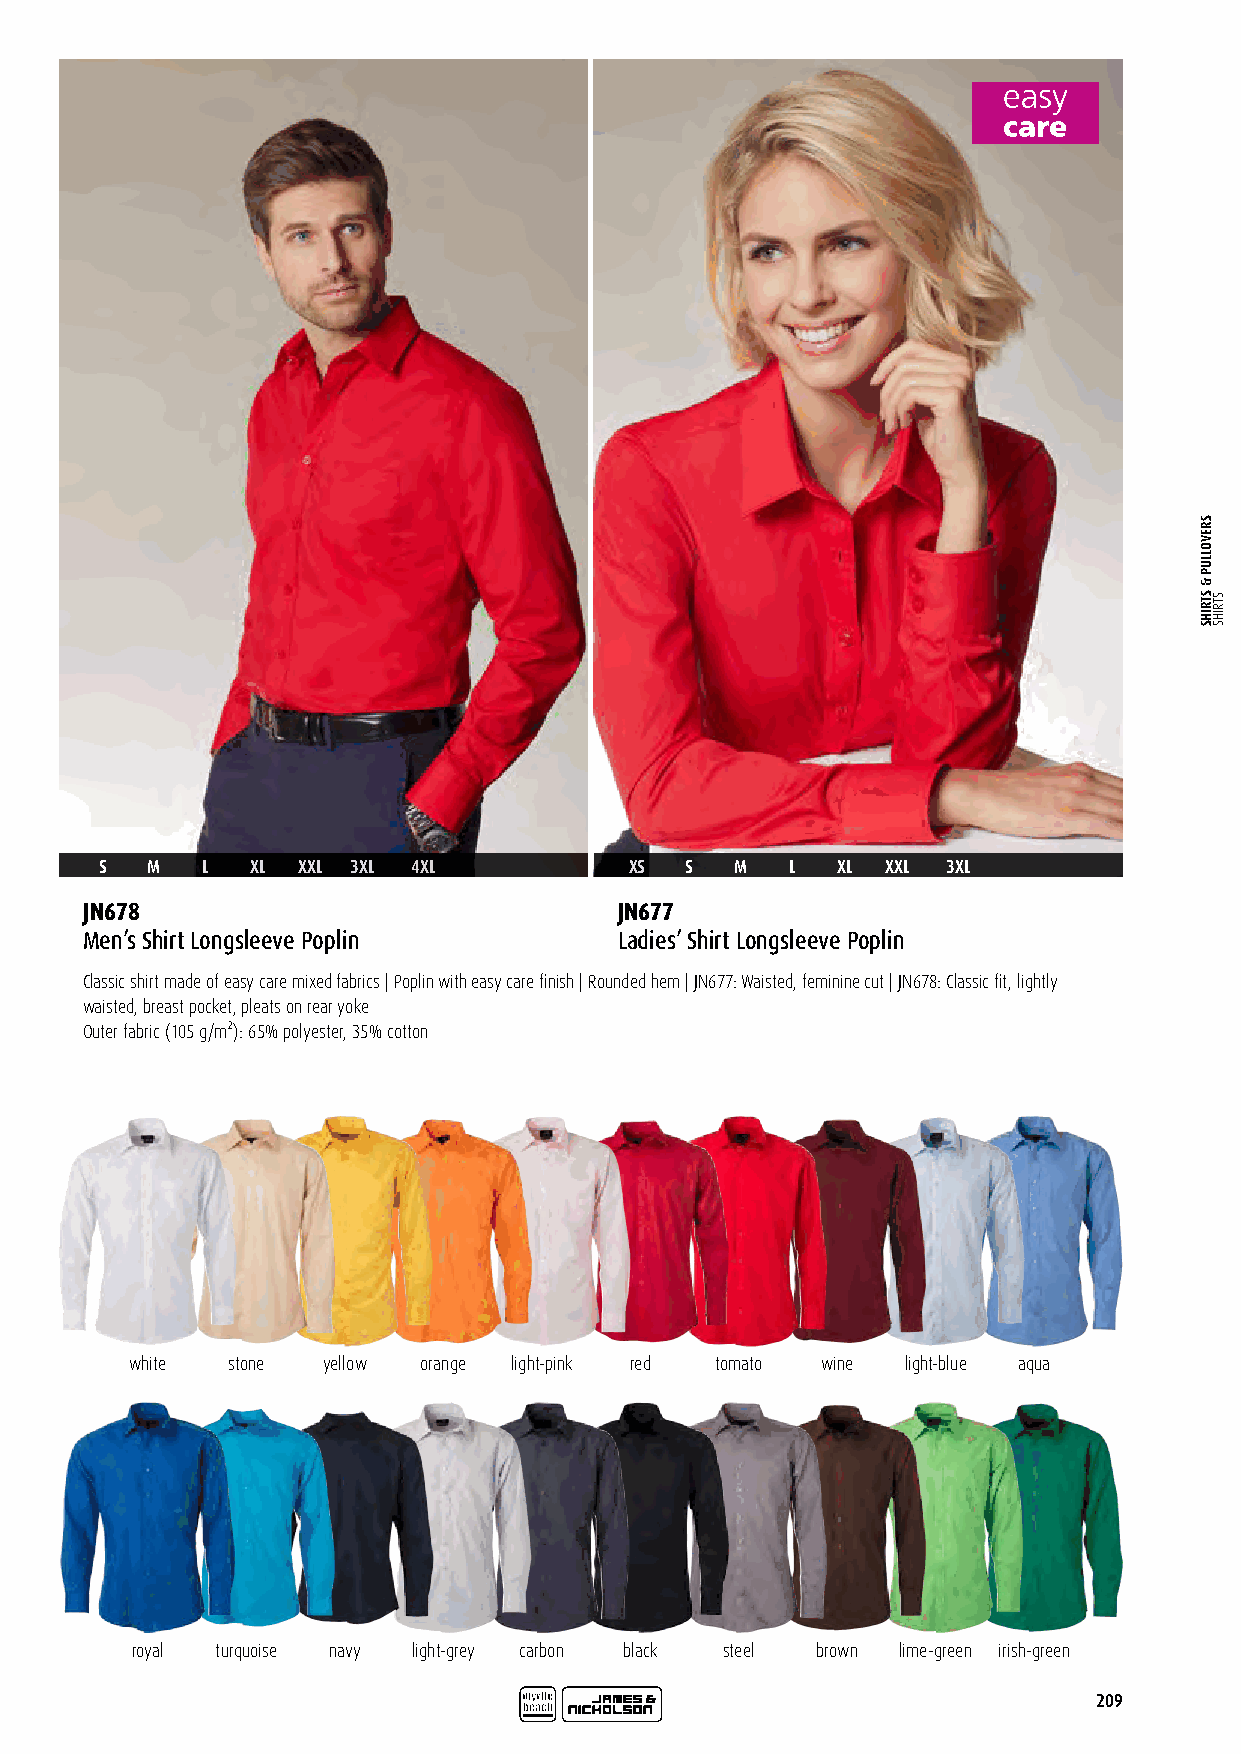
S  M  L   XL XXL 3XL 4XL           XS S   M  L  XL  XXL 3XL
 JN678                               JN677
 Men’s Shirt Longsleeve Poplin       Ladies’ Shirt Longsleeve Poplin
 Classic shirt made of easy care mixed fabrics | Poplin with easy care finish | Rounded hem | JN677: Waisted, feminine cut | JN678: Classic fit, lightly
 waisted, breast pocket, pleats on rear yoke
 Outer fabric (105 g/m²): 65% polyester, 35% cotton
 white stone yellow orange light-pink red tomato wine light-blue aqua
 royal turquoise navy light-grey carbon black steel brown lime-green irish-green
 209
 SREVOLLUP
 &
 STRIHS STRIHS